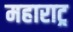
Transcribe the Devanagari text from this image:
महाराट्र